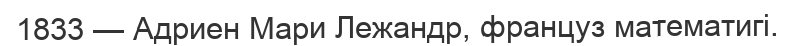
1833 — Адриен Мари Лежандр, француз математигі.